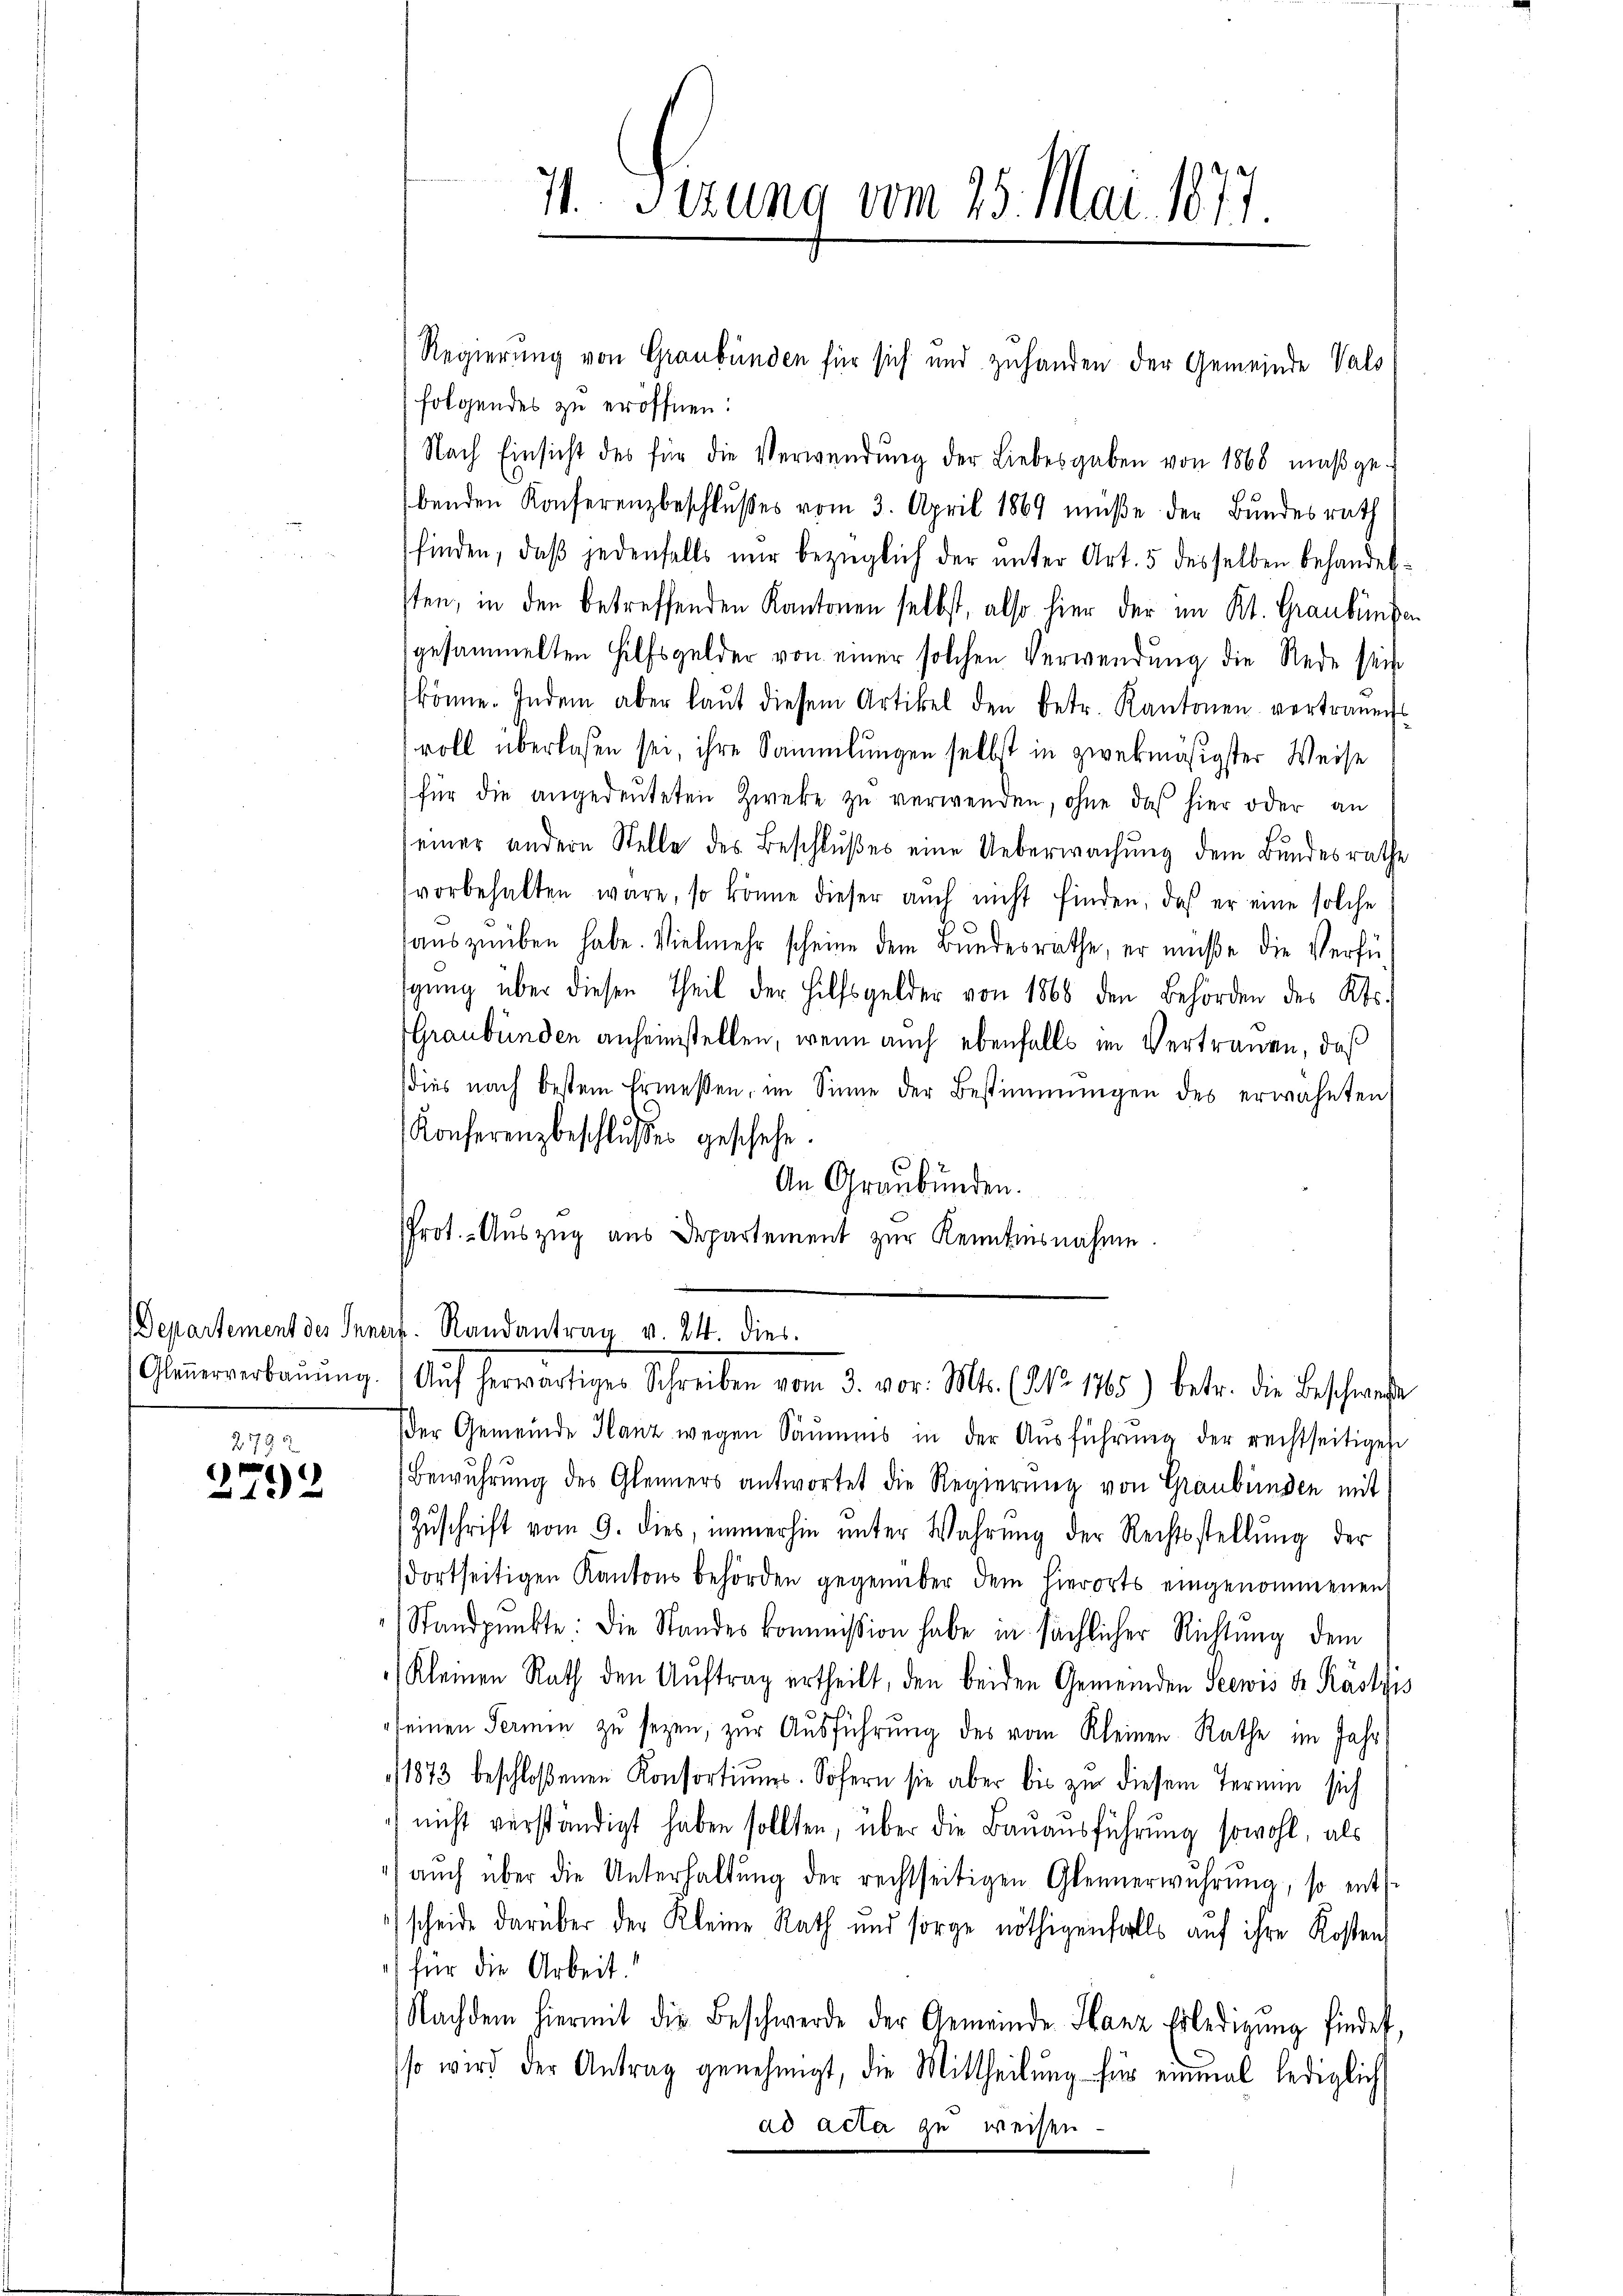
Gleuerverbauung

2793
2792

I Sizung vom 25. Mai. 1877

folgendes zu eröffnen.
Nach Einsicht des für die Verwendŭng der Liebesgaben von 1868 maβge-
benden Konferenzbeschlußes vom 3. April 1869 müße der Bundesrath
finden, daß jedenfalls nur bezüglich der unter Art. 5 desselben behandelten, in den betreffenden Kantonen selbst, also hier der im Kt. Graubünden
gesammelten Hilfsgelder von einer solchen Verwendung die Rede sein
könne. Indem aber laŭt diesem Artikel den betr. Kantonen vertraŭens
voll überlassen sei, ihre Sammlungen selbst in zwekmäsigster Weise
für die angedeuteten Zweke zu verwenden, ohne daß hier oder an
einer andern Stelle des Beschlußes eine Ueberwachung dem Bundesrathe
vorbehalten wäre, so könne dieser auch nicht finden, daß er eine solche
auszuüben habe. Vielmehr scheine dem Bundesräthe, er müße die Verfü
sgŭng über diesen Theil der Hilfsgelder von 1868 den Behörden des Kts.
Graubünden anheimstellen, wenn auch ebenfalls im Vertrauen, daß
dies nach bestem Ermessen, im Sinne der Bestimmungen des erwähnten
Konferenzbeschlusses geschehe.
An Graubünden.
Prot. - Auszug aus Departement zur Kenntnisnahme
Departement des Innern. Randantrag v. 24. dies
Auf herwärtiger Schreiben vom 3. vor. Mts. (NNo. 1865) betr. die Beschweste
(der Gemeinde Hanz wegen Saumes in der Aŭsführŭng der rechtseitiges
Bewuhrung des Gleiners antwortet die Regierung von Graubünden mit
Zŭschrift vom 9. dies, immerhin ŭnter Wahrŭng der Rechtsstellŭng der
dortseitigen Kantons behörden gegenüber dem hierorts eingenommenen
Standpunkte: Die Standeskommission habe in sächlicher Richtung dem
Kleinen Rath den Aŭftrag ertheilt, den beiden Gemeinden Seewis Sr. Käslis
keinen Fermin zŭ sezen, zur Ausführung des vom Kleinen Rathe im Jahr
1873 beschloßenen Konsortiŭms. Sofern sie aber bis zu diesem Termin sich
nicht verständigt haben sollten, über die Bauausführung sowohl, als
aŭch über die Unterhaltŭng der rechtseitigen Gleinerwŭhrŭng, so ents
scheide darüber der Kleine Rath und sorge nöthigenfalls auf ihre Kosten
für die Arbeit.“
Nachdem hiermit die Beschwerde der Gemeinde Stanz Erledigŭng findet,
so wird der Antrag genehmigt, die Mittheilung für einmal lediglich
ad acta zu weisen

Regierung von Graubünden für sich und zuhanden der Gemeinde Vals